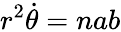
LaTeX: r^{2}{\dot{\theta}}=nab